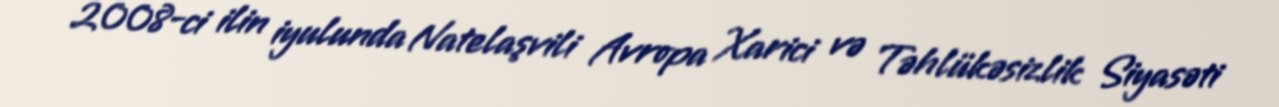
2008-ci ilin iyulunda Natelaşvili Avropa Xarici və Təhlükəsizlik Siyasəti